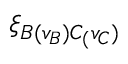
\ensuremath { \xi } _ { B ( v _ { B } ) C _ { ( } v _ { C } ) }